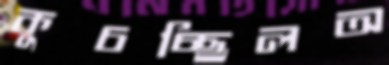
কুচচ্ছিলঅ